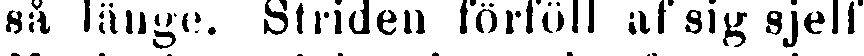
så länge. Striden förföll af sig sjelf